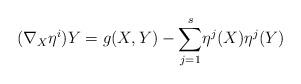
LaTeX: \begin{align*}(\nabla _{X}\eta ^{i})Y=g(X,Y)-\underset{j=1}{\overset{s}{\sum }}\eta^{j}(X)\eta ^{j}(Y)\end{align*}